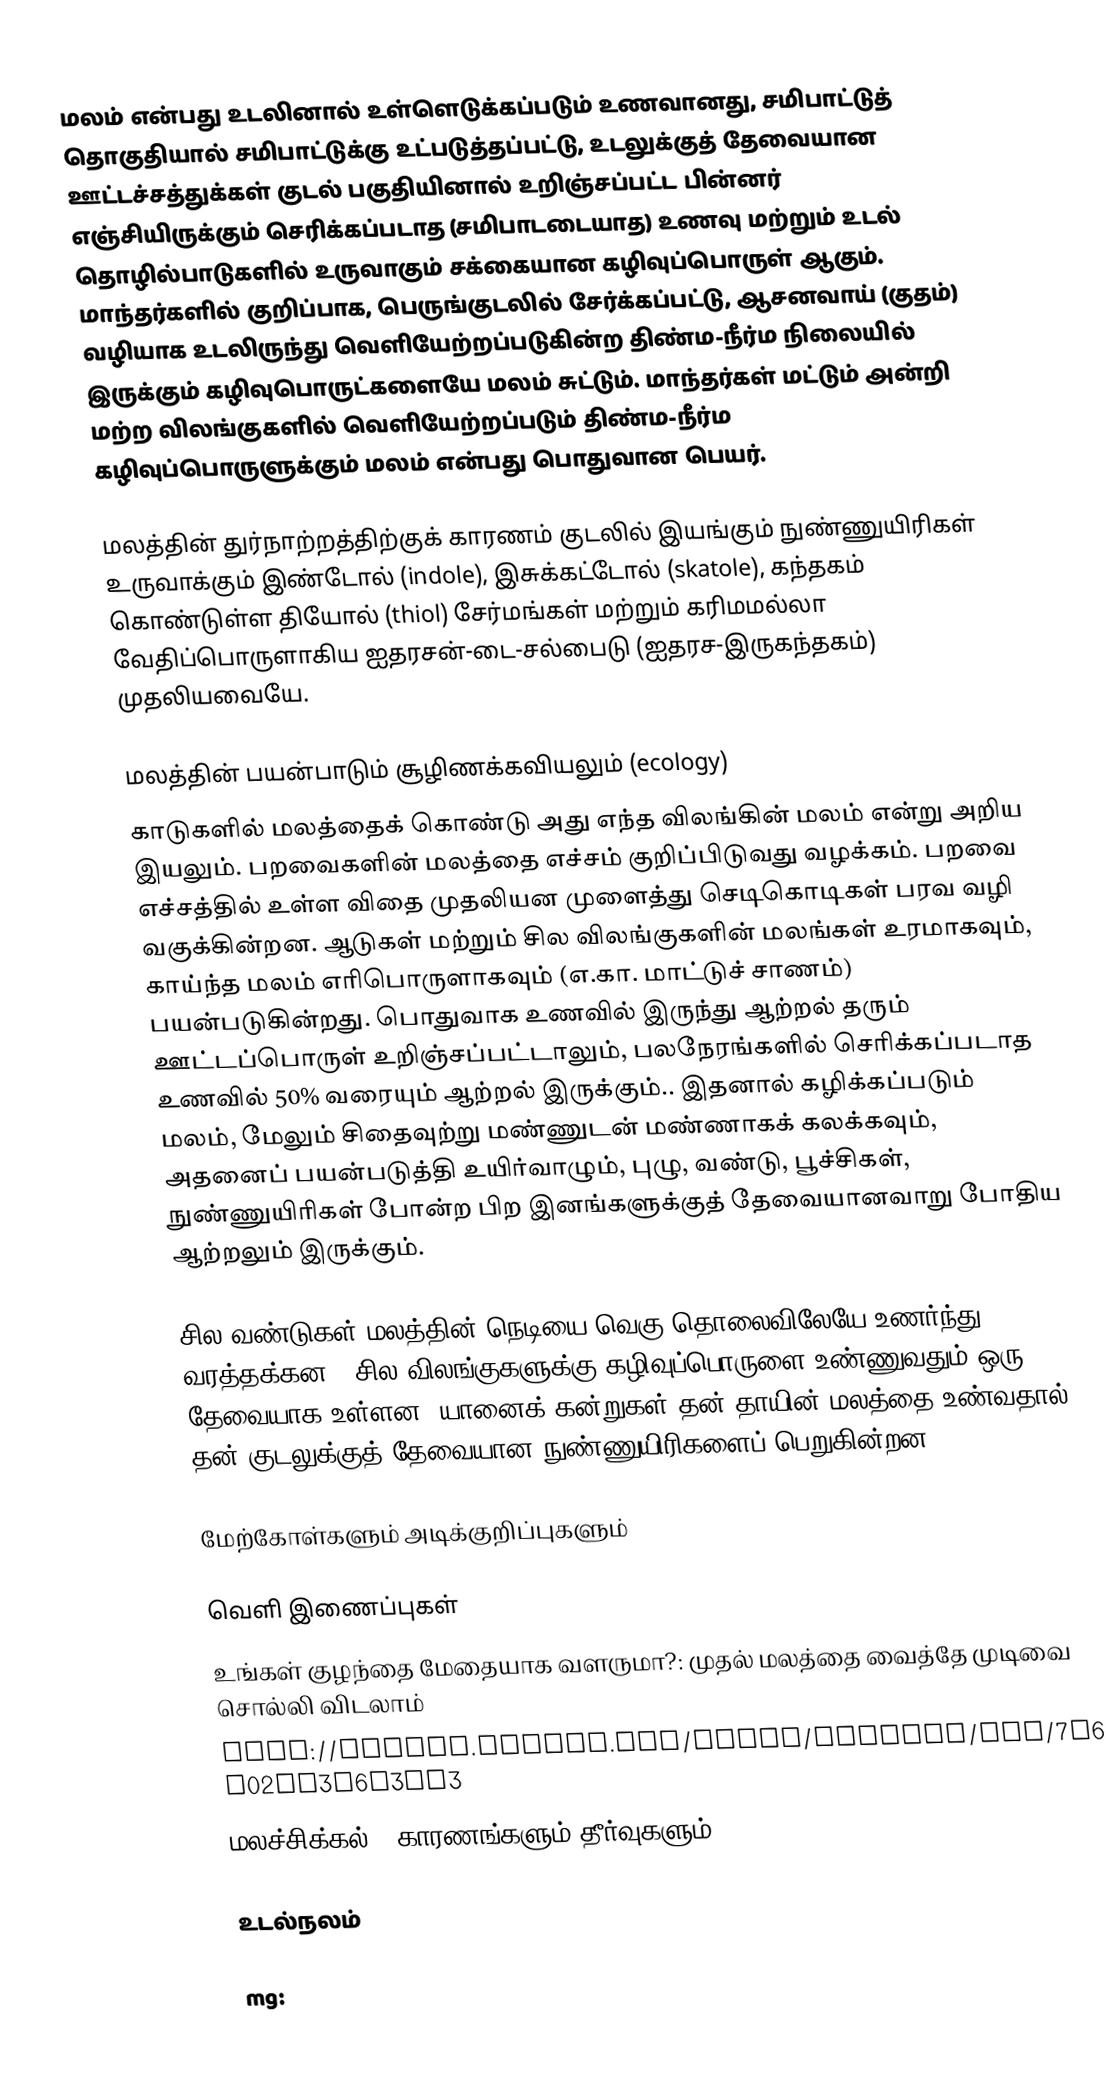
மலம் என்பது உடலினால் உள்ளெடுக்கப்படும் உணவானது, சமிபாட்டுத் தொகுதியால் சமிபாட்டுக்கு உட்படுத்தப்பட்டு, உடலுக்குத் தேவையான ஊட்டச்சத்துக்கள் குடல் பகுதியினால் உறிஞ்சப்பட்ட பின்னர் எஞ்சியிருக்கும் செரிக்கப்படாத (சமிபாடடையாத) உணவு மற்றும் உடல் தொழில்பாடுகளில் உருவாகும் சக்கையான கழிவுப்பொருள் ஆகும். மாந்தர்களில் குறிப்பாக, பெருங்குடலில் சேர்க்கப்பட்டு, ஆசனவாய் (குதம்) வழியாக உடலிருந்து வெளியேற்றப்படுகின்ற திண்ம-நீர்ம நிலையில் இருக்கும் கழிவுபொருட்களையே மலம் சுட்டும். மாந்தர்கள் மட்டும் அன்றி மற்ற விலங்குகளில் வெளியேற்றப்படும் திண்ம-நீர்ம கழிவுப்பொருளுக்கும் மலம் என்பது பொதுவான பெயர்.

மலத்தின் துர்நாற்றத்திற்குக் காரணம் குடலில் இயங்கும் நுண்ணுயிரிகள் உருவாக்கும் இண்டோல் (indole), இசுக்கட்டோல் (skatole), கந்தகம் கொண்டுள்ள தியோல் (thiol) சேர்மங்கள் மற்றும் கரிமமல்லா வேதிப்பொருளாகிய ஐதரசன்-டை-சல்பைடு (ஐதரச-இருகந்தகம்) முதலியவையே.

மலத்தின் பயன்பாடும் சூழிணக்கவியலும் (ecology)
காடுகளில் மலத்தைக் கொண்டு அது எந்த விலங்கின் மலம் என்று அறிய இயலும். பறவைகளின் மலத்தை எச்சம் குறிப்பிடுவது வழக்கம். பறவை எச்சத்தில் உள்ள விதை முதலியன முளைத்து செடிகொடிகள் பரவ வழி வகுக்கின்றன. ஆடுகள் மற்றும் சில விலங்குகளின் மலங்கள் உரமாகவும், காய்ந்த மலம் எரிபொருளாகவும் (எ.கா. மாட்டுச் சாணம்) பயன்படுகின்றது. பொதுவாக உணவில் இருந்து ஆற்றல் தரும் ஊட்டப்பொருள் உறிஞ்சப்பட்டாலும், பலநேரங்களில் செரிக்கப்படாத உணவில் 50% வரையும் ஆற்றல் இருக்கும்.. இதனால் கழிக்கப்படும் மலம், மேலும் சிதைவுற்று மண்ணுடன் மண்ணாகக் கலக்கவும், அதனைப் பயன்படுத்தி உயிர்வாழும், புழு, வண்டு, பூச்சிகள், நுண்ணுயிரிகள் போன்ற பிற இனங்களுக்குத் தேவையானவாறு போதிய ஆற்றலும் இருக்கும்.

சில வண்டுகள் மலத்தின் நெடியை வெகு தொலைவிலேயே உணர்ந்து வரத்தக்கன.. சில விலங்குகளுக்கு கழிவுப்பொருளை உண்ணுவதும் ஒரு தேவையாக உள்ளன. யானைக் கன்றுகள் தன் தாயின் மலத்தை உண்வதால், தன் குடலுக்குத் தேவையான நுண்ணுயிரிகளைப் பெறுகின்றன.

மேற்கோள்களும் அடிக்குறிப்புகளும்

வெளி இணைப்புகள்
 உங்கள் குழந்தை மேதையாக வளருமா?: முதல் மலத்தை வைத்தே முடிவை சொல்லி விடலாம்
 http://groups.google.com/group/anbudan/msg/7a6e02ad3e6f3fa3
 மலச்சிக்கல் - காரணங்களும் தீர்வுகளும்

உடல்நலம்

mg: